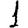
Digit: 1